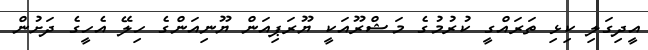
އީދިގަލި ކިޅި ތަރައްގީ ކުރުމުގެ މަޝްރޫއަކީ ޔޫރަޕިއަން ޔޫނިއަންގެ ހިލޭ އެހީގެ ދަށުން